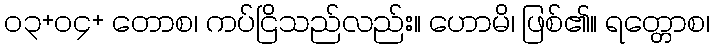
၀၃+၀၄+ တောစ၊ ကပ်ငြိသည်လည်း။ ဟောမိ၊ ဖြစ်၏။ ရတ္တောစ၊